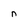
Character: n